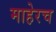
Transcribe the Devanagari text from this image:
माहेरच